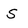
Character: S